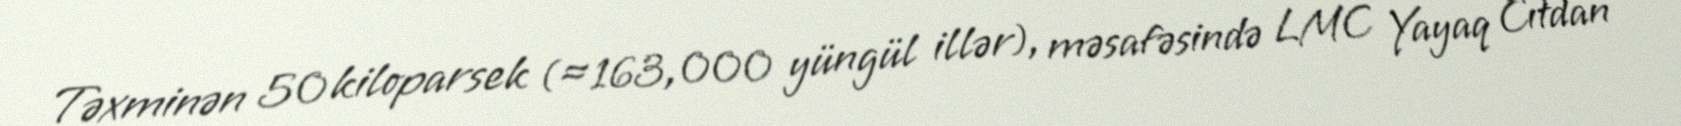
Təxminən 50 kiloparsek (≈163,000 yüngül illər), məsafəsində LMC Yayaq Cıtdan